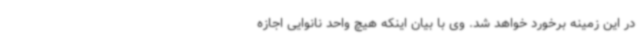
در این زمینه برخورد خواهد شد. وی با بیان اینکه هیچ واحد نانوایی اجازه